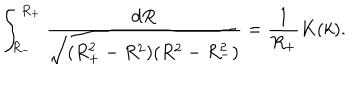
\int _ { R _ { - } } ^ { R _ { + } } \frac { d R } { \sqrt { ( R _ { + } ^ { 2 } - R ^ { 2 } ) ( R ^ { 2 } - R _ { - } ^ { 2 } ) } } = \frac { 1 } { R _ { + } } K ( k ) .